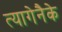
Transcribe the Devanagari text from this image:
त्यागेनैके